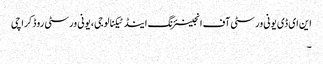
این ای ڈی یونی ورسٹی آف انجینئرنگ اینڈ ٹیکنالوجی، یونی ورسٹی روڈ کراچی
۔